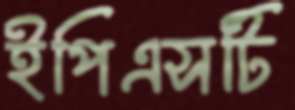
ইপিএসটি